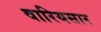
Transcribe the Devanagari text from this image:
वारियसार